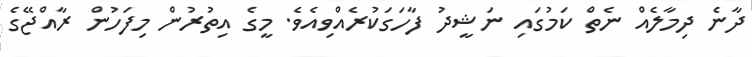
ދާނެ ދިމާލެއް ނެތް ކަމުގައި ނަޝީދު ފާހަގަކުރެއްވިއެވެ. މީގެ އިތުރުން މިފަހުން ރާއްޖޭގެ